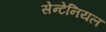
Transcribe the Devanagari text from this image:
सेन्टेनियल